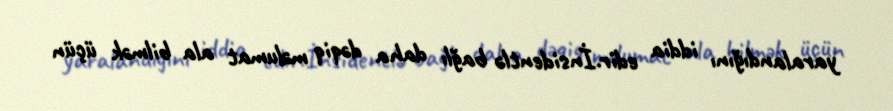
yaralandığını iddia edir.İnsidentlə bağlı daha dəqiq məlumat ala bilmək üçün